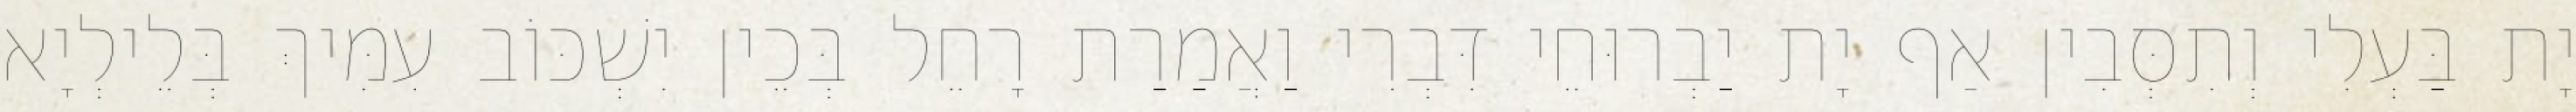
יָת בַּעְלִי וְתִסְּבִין אַף יָת יַבְרוּחֵי דִּבְרִי וַאֲמַרַת רָחֵל בְּכֵין יִשְׁכּוֹב עִמִּיךְ בְּלֵילְיָא